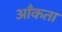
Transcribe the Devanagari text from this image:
आँकता